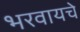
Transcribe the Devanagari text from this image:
भरवायचे